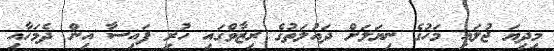
މިދިޔަ ޖުލައި މަހުގެ ނިޔަލަށް ދައުލަތުގެ ރިޒާވްގައި ހުރި ފައިސާ އިން ދެމަހާއި